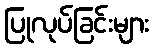
ပြုလုပ်ခြင်းများ